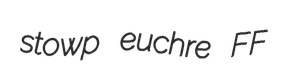
stowp euchre FF